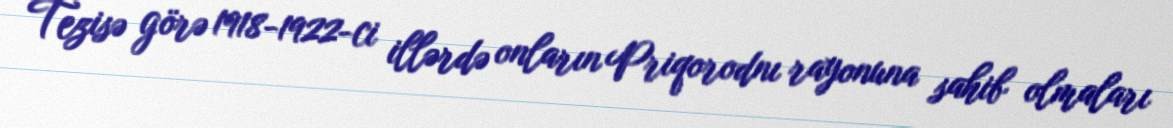
Tezisə görə 1918-1922-ci illərdə onların Priqorodnı rayonuna sahib olmaları